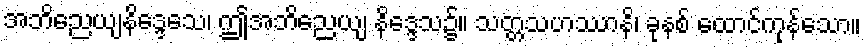
အဘိညေယျနိဒ္ဒေသေ၊ ဤအဘိညေယျ နိဒ္ဒေသ၌။ သတ္တသဟဿာနိ၊ ခုနစ် ထောင်ကုန်သော။